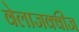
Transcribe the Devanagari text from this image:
वेलाजक्वीज